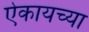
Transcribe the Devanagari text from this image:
ऐकायच्या